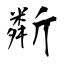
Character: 斴